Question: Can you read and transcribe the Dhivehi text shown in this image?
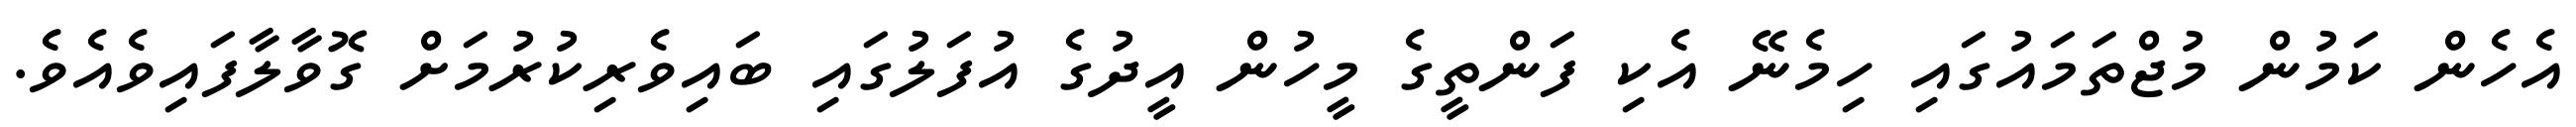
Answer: އެހެން ކަމުން މުޖްތަމައުގައި ހިމެނޭ އެކި ފަންތީގެ މީހުން އީދުގެ އުފަލުގައި ބައިވެރިކުރުމަށް ގޮވާލާފައިވެއެވެ.